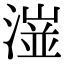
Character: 潂